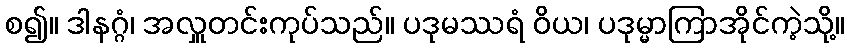
စ၍။ ဒါနဂ္ဂံ၊ အလှူတင်းကုပ်သည်။ ပဒုမဿရံ ဝိယ၊ ပဒုမ္မာကြာအိုင်ကဲ့သို့။